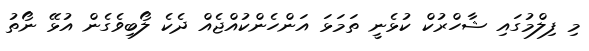
މި ފިލްމުގައި ޝާހްރުކް ކުޅެނީ ތަމަޅަ އަންހެންކުއްޖެއް ދެކެ ލޯބިވެގެން އުޅޭ ނޯތު